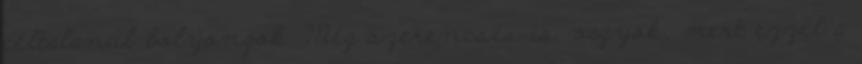
céltalanul bolyongok. Még szerencsés is vagyok, mert ezzel a